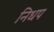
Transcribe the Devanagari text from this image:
निधप